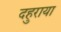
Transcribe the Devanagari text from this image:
दहुराया